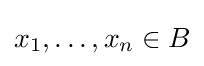
x_{1},\dots ,x_{n}\in B